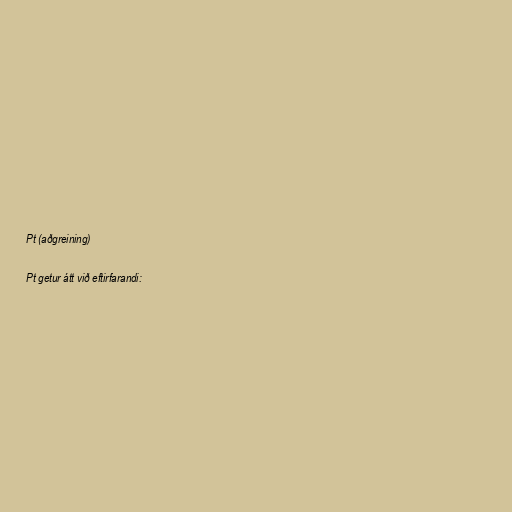
Pt (aðgreining)

Pt getur átt við eftirfarandi: